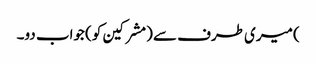
) میری طرف سے (مشرکین کو) جواب دو۔